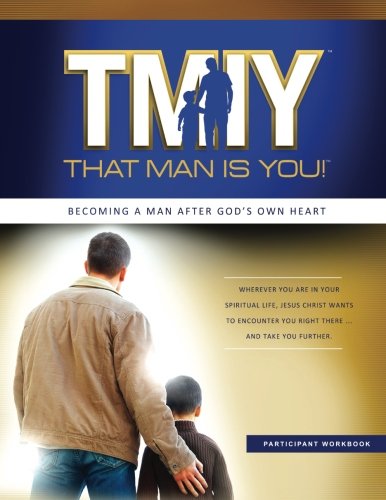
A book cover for That Man is You! Year 1 Participant Book: Becoming A Man After God's Own Heart (Volume 1); Steve Bollman; Christian Books & Bibles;